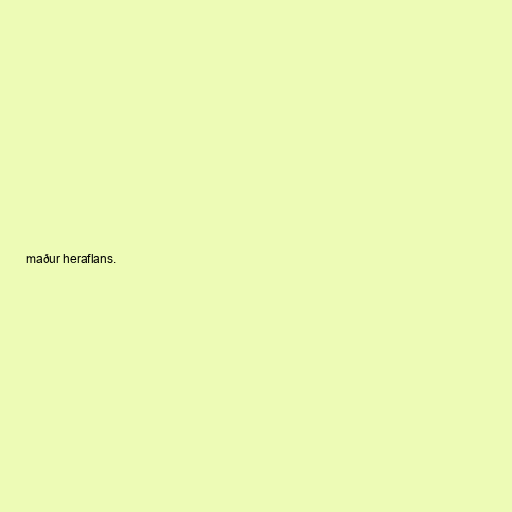
maður heraflans.